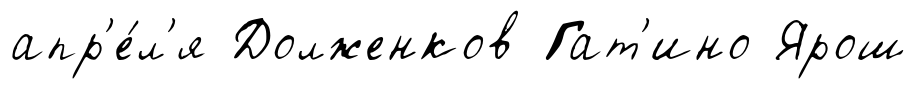
апр'е́л'я Долженков Гат'ино Ярош